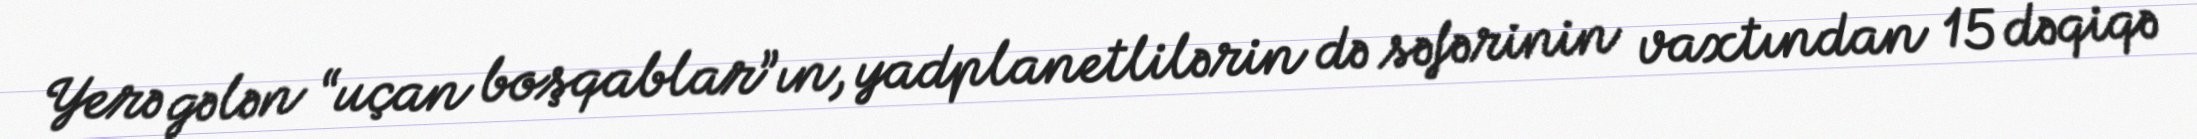
Yerə gələn “uçan boşqablar”ın, yadplanetlilərin də səfərinin vaxtından 15 dəqiqə